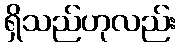
ရှိသည်ဟုလည်း